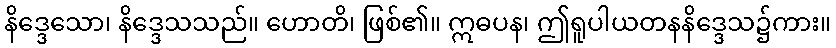
နိဒ္ဒေသော၊ နိဒ္ဒေသသည်။ ဟောတိ၊ ဖြစ်၏။ ဣဓပန၊ ဤရူပါယတနနိဒ္ဒေသ၌ကား။